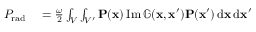
\begin{array} { r l } { P _ { \mathrm { r a d } } } & { { } = \frac { \omega } { 2 } \int _ { V } \int _ { V ^ { \prime } } \mathbf { P } ( \mathbf { x } ) \operatorname { I m } \mathbb { G } ( \mathbf { x } , \mathbf { x } ^ { \prime } ) \mathbf { P } ( \mathbf { x } ^ { \prime } ) \, \mathrm { d } \mathbf { x } \, \mathrm { d } \mathbf { x } ^ { \prime } } \end{array}